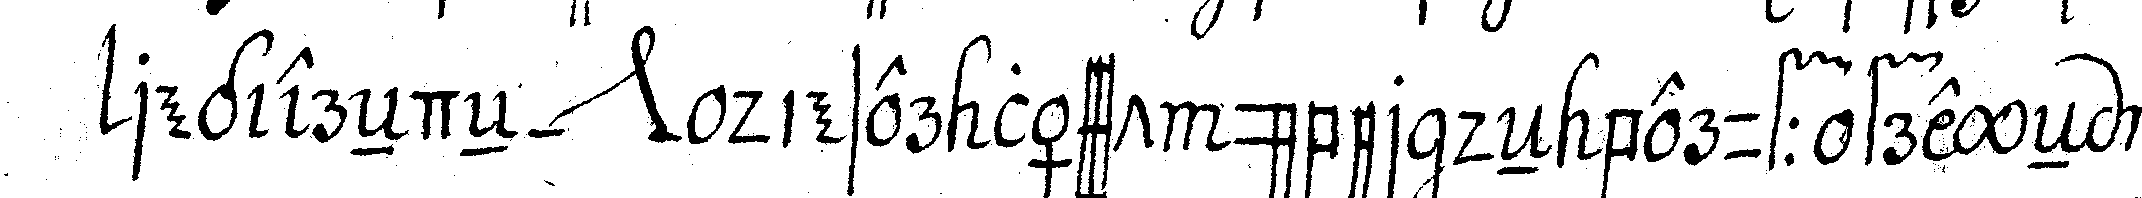
regiereNdeN *nee* dieser lässt über deN beruf freyeN wi